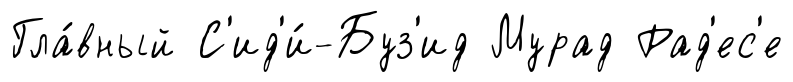
Гла́вный С'ид'и́-Буз'ид Мурад Рад'ес'е